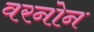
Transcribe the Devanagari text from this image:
वरनोन